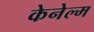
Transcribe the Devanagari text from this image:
केनेल्म